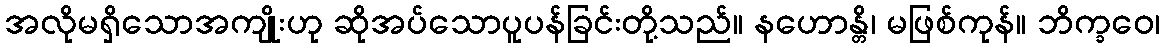
အလိုမရှိသောအကျိုးဟု ဆိုအပ်သောပူပန်ခြင်းတို့သည်။ နဟောန္တိ၊ မဖြစ်ကုန်။ ဘိက္ခဝေ၊